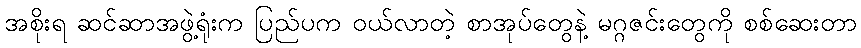
အစိုးရ ဆင်ဆာအဖွဲ့ရုံးက ပြည်ပက ဝယ်လာတဲ့ စာအုပ်တွေနဲ့ မဂ္ဂဇင်းတွေကို စစ်ဆေးတာ